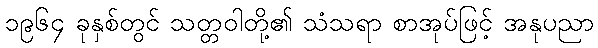
၁၉၆၄ ခုနှစ်တွင် သတ္တဝါတို့၏ သံသရာ စာအုပ်ဖြင့် အနုပညာ